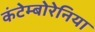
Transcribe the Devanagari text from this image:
कंटेम्बोरेनिया